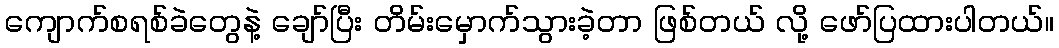
ကျောက်စရစ်ခဲတွေနဲ့ ချော်ပြီး တိမ်းမှောက်သွားခဲ့တာ ဖြစ်တယ် လို့ ဖော်ပြထားပါတယ်။